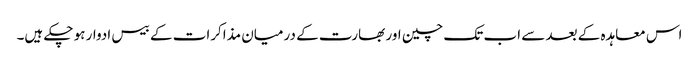
اس معاہدہ کے بعد سے اب تک چین اور بھارت کے درمیان مذاکرات کے بیس ادوار ہو چکے ہیں۔